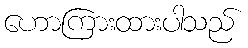
ဟောကြားထားပါသည်